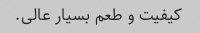
کیفیت و طعم بسیار عالی.